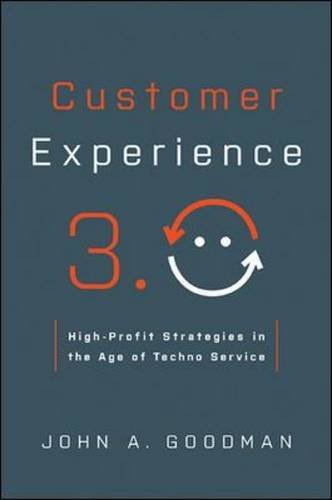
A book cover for Customer Experience 3.0: High-Profit Strategies in the Age of Techno Service; John A. Goodman; Computers & Technology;